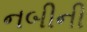
નબીની